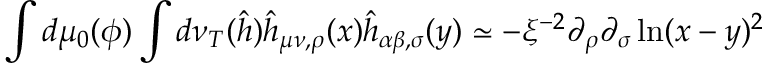
\int d \mu _ { 0 } ( \phi ) \int d \nu _ { T } ( \hat { h } ) \hat { h } _ { \mu \nu , \rho } ( x ) \hat { h } _ { \alpha \beta , \sigma } ( y ) \simeq - \xi ^ { - 2 } \partial _ { \rho } \partial _ { \sigma } \ln ( x - y ) ^ { 2 }